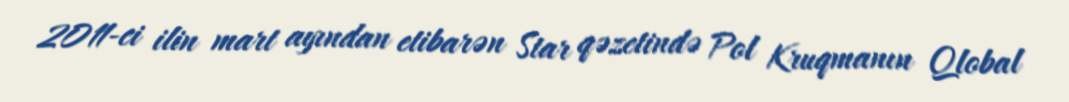
2011-ci ilin mart ayından etibarən Star qəzetində Pol Kruqmanın Qlobal